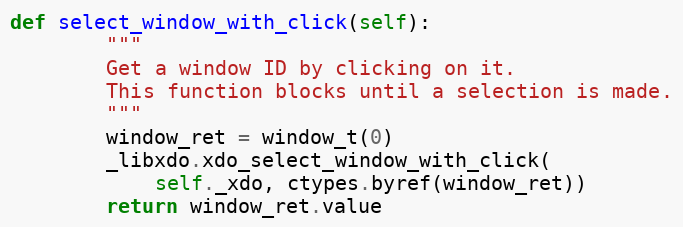
Language: Python
def select_window_with_click(self):
        """
        Get a window ID by clicking on it.
        This function blocks until a selection is made.
        """
        window_ret = window_t(0)
        _libxdo.xdo_select_window_with_click(
            self._xdo, ctypes.byref(window_ret))
        return window_ret.value